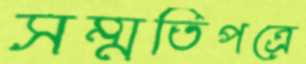
সম্মতিপত্রে